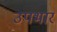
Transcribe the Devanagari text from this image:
उपभार